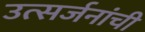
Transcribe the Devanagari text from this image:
उत्सर्जनांची